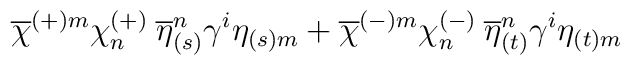
\overline{\chi }^{(+)m}\chi ^{(+)}_{n}\: \overline{\eta }_{(s)}^{n}\gamma ^{i}\eta _{(s)m}+\overline{\chi }^{(-)m}\chi ^{(-)}_{n}\: \overline{\eta }_{(t)}^{n}\gamma ^{i}\eta _{(t)m}